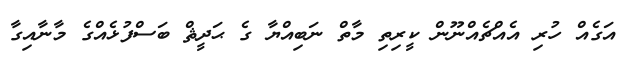
އަގެއް ހުރި އެއްޗެއްނޫން ކީރިތި މާތް ނަބިއްޔާ ގެ ޙަދީޘް ބަސްފުޅެއްގެ މާނާއިގާ